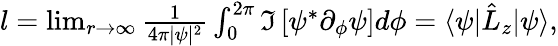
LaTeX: \begin{array}{r}{l=\operatorname*{lim}_{r\to\infty}\frac{1}{4\pi|\psi|^{2}}\int_{0}^{2\pi}\Im\left[\psi^{*}\partial_{\phi}\psi\right]d\phi=\langle\psi|\hat{L}_{z}|\psi\rangle,}\end{array}